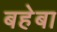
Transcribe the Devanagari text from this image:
बहेबा